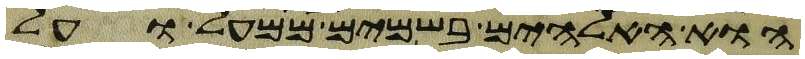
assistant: הוא האלהים בשמים ממעל ועל